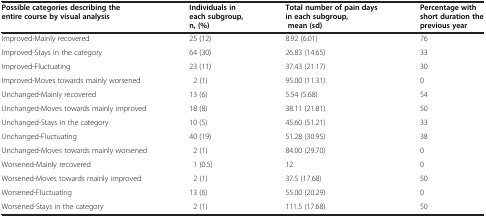
| Possible categories describing the entire course by visual analysis | Individuals in each subgroup, n, (%) | Total number of pain days in each subgroup, mean (sd) | Percentage with short duration the previous year |
 | --- | --- | --- | --- |
 | Improved-Mainly recovered | 25 (12) | 8.92 (6.01) | 76 |
 | Improved-Stays in the category | 64 (30) | 26.83 (14.65) | 33 |
 | Improved-Fluctuating | 23 (11) | 37.43 (21.17) | 30 |
 | Improved-Moves towards mainly worsened | 2 (1) | 95.00 (11.31) | 0 |
 | Unchanged-Mainly recovered | 13 (6) | 5.54 (5.68) | 54 |
 | Unchanged-Moves towards mainly improved | 18 (8) | 38.11 (21.81) | 50 |
 | Unchanged-Stays in the category | 10 (5) | 45.60 (51.21) | 33 |
 | Unchanged-Fluctuating | 40 (19) | 51.28 (30.95) | 38 |
 | Unchanged-Moves towards mainly worsened | 2 (1) | 84.00 (29.70) | 0 |
 | Worsened-Mainly recovered | 1 (0.5) | 12 | 0 |
 | Worsened-Moves towards mainly improved | 2 (1) | 37.5 (17.68) | 50 |
 | Worsened-Fluctuating | 13 (6) | 55.00 (20.29) | 0 |
 | Worsened-Stays in the category | 2 (1) | 111.5 (17.68) | 50 |